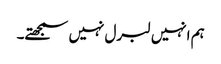
ہم انہیں لبرل نہیں سمجھتے۔